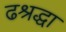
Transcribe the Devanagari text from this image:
ढश्रद्धा